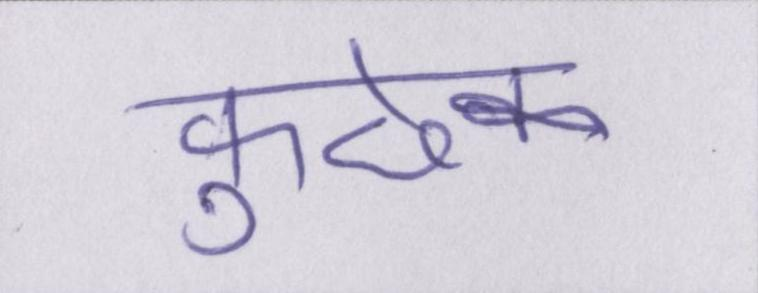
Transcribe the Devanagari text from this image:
कुछेक